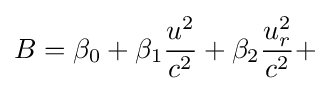
B=\beta _{0}+\beta _{1}{\frac {u^{2}}{c^{2}}}+\beta _{2}{\frac {u_{r}^{2}}{c^{2}}}+